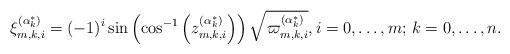
LaTeX: \begin{align*}\xi _{m,k,i}^{(\alpha _k^*)} = {( - 1)^i}\sin \left( {{{\cos }^{ - 1}}\left( {z_{m,k,i}^{(\alpha _k^*)}} \right)} \right)\sqrt {{\mkern 1mu} \varpi _{m,k,i}^{(\alpha _k^*)}},i = 0, \ldots ,m;\,k = 0, \ldots ,n. \end{align*}